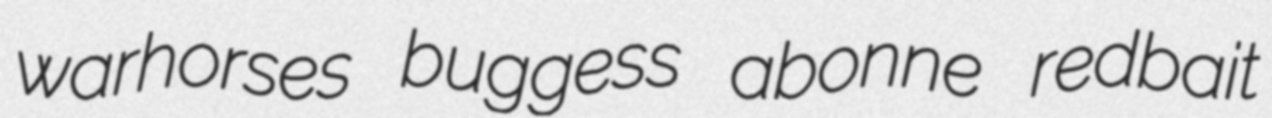
warhorses buggess abonne redbait